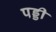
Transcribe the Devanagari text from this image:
पड्डी